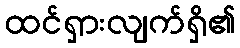
ထင်ရှားလျက်ရှိ၏